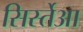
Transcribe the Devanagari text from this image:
सिर्स्तेआ